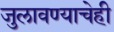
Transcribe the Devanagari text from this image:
जुलावण्याचेही